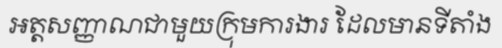
អត្តសញ្ញាណជាមួយក្រុមការងារ ដែលមានទីតាំង